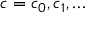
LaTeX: c = c _ { 0 } , c _ { 1 } , \ldots